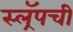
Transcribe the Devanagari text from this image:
स्ल्रॅपची